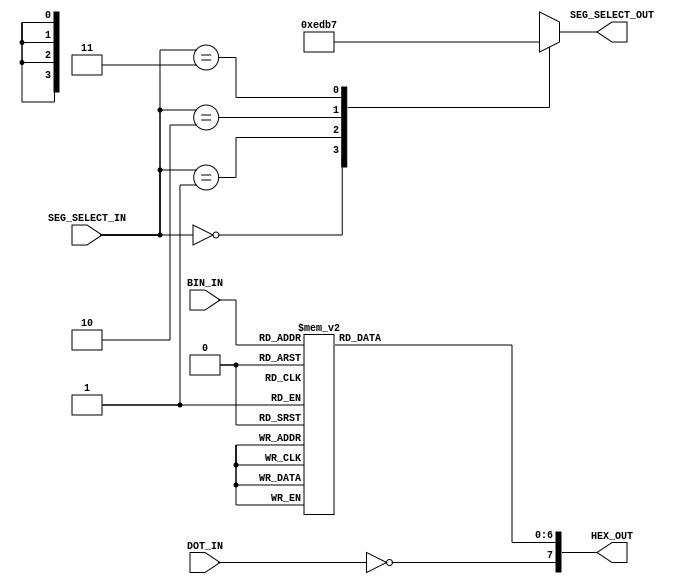
`timescale 1ns / 1ps
//////////////////////////////////////////////////////////////////////////////////
// Company: 
// Engineer: 
// 
// Design Name: 
// Module Name: Decoding_the_world
// Project Name: 
// Target Devices: 
// Tool Versions: 
// Description: 
// 
// Dependencies: 
// 
// Revision:
// Revision 0.01 - File Created
// Additional Comments:
// 
//////////////////////////////////////////////////////////////////////////////////


module Seg7Decoder(
    input [1:0] SEG_SELECT_IN,
    input [3:0] BIN_IN,
    input DOT_IN,
    output reg [3:0] SEG_SELECT_OUT,
    output reg [7:0] HEX_OUT
    );
    
    //segement selection case statement
      always@(SEG_SELECT_IN)begin
      case(SEG_SELECT_IN)
        2'b00:SEG_SELECT_OUT<=4'b1110;
        2'b01:SEG_SELECT_OUT<=4'b1101;
        2'b10:SEG_SELECT_OUT<=4'b1011;
        2'b11:SEG_SELECT_OUT<=4'b0111;
        default:SEG_SELECT_OUT<=4'b1111;
      endcase
      end 
      //connect 4-bit input to 8-bit 7-segment display output
        always@(BIN_IN or DOT_IN)begin
         case(BIN_IN)
           4'h0:HEX_OUT[6:0]<=7'b1000000;
           4'h1:HEX_OUT[6:0]<=7'b1111001;
           4'h2:HEX_OUT[6:0]<=7'b0100100;
           4'h3:HEX_OUT[6:0]<=7'b0110000;
           
           4'h4:HEX_OUT[6:0]<=7'b0011001;
           4'h5:HEX_OUT[6:0]<=7'b0010010;
           4'h6:HEX_OUT[6:0]<=7'b0000010;
           4'h7:HEX_OUT[6:0]<=7'b1111000;
           
           4'h8:HEX_OUT[6:0]<=7'b0000000;
           4'h9:HEX_OUT[6:0]<=7'b0010000;
           4'hA:HEX_OUT[6:0]<=7'b0001000;
           4'hB:HEX_OUT[6:0]<=7'b0000000;
           
           4'hC:HEX_OUT[6:0]<=7'b1000110;
           4'hD:HEX_OUT[6:0]<=7'b1000000;
           4'hE:HEX_OUT[6:0]<=7'b0000110;
           4'hF:HEX_OUT[6:0]<=7'b0001110;
           
           default:HEX_OUT[6:0]<=7'b1111111;
         endcase
         
       //This single bit controls the state of the DOT for each of the 7-segment display
         HEX_OUT[7]<=~DOT_IN;
         end
endmodule